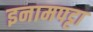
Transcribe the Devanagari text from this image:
इनामपट्टा